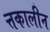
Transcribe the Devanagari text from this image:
त्तकालीन